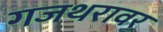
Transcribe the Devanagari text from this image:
गजथरावर